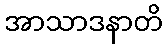
အာသာဒနာတိ